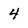
Character: 4